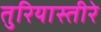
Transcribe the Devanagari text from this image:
तुरियास्तीरे